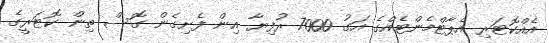
އެއްކޮޓަރި އެޕާޓްމެންޓެއްގެ އަގު 7000 ރުފިޔާ އިން ފެށިގެން ގޮސް ތިން ކޮޓަރީގެ